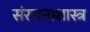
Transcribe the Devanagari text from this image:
संरचनाशास्त्र